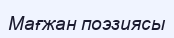
Мағжан поэзиясы